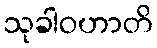
သုခါဝဟာတိ